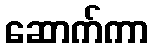
ဆောက်ကာ